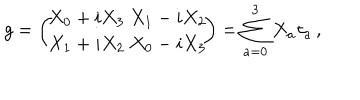
g = \left( \! \! \begin{array} { c } { { X _ { 0 } + i X _ { 3 } \ X _ { 1 } - i X _ { 2 } } } \\ { { X _ { 1 } + i X _ { 2 } \ X _ { 0 } - i X _ { 3 } } } \\ \end{array} \! \! \right) = \sum _ { a = 0 } ^ { 3 } X _ { a } \tau _ { a } \, ,